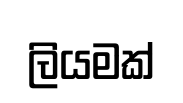
ලියමක්